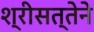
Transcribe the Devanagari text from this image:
श्रीसत्तेने